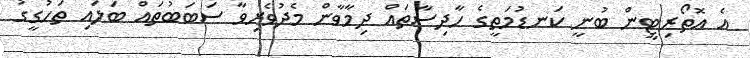
އެ އޮތޯރިޓީން ބުނީ ކަނޑުމަތީގެ ހާދިސާތައް ދިމާވާން މެދުވެރިވާ ސަބަބުތައް ބަލައި ތަހުގީގު